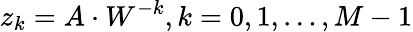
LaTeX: z_{k}=A\cdot W^{-k},k=0,1,\dots,M-1